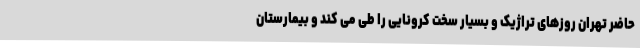
حاضر تهران روزهای تراژیک و بسیار سخت کرونایی را طی می کند و بیمارستان